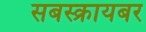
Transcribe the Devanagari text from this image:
सबस्क्रायबर